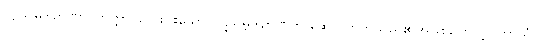
ပဋိသမ္ဘိဒါဉာဏာဝဟတ္တာ၊ လေးပါးသော ပဋိသမ္ဘိဒါဉာဏ်ကို ဆောင်တတ်သည်၏အဖြစ်ကြောင့်။ တာသံ၊